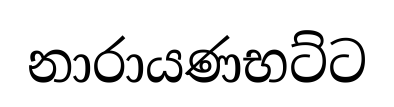
නාරායණභට්ට